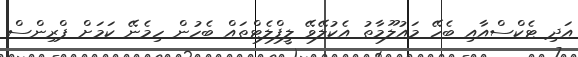
އަދި ޓެކްސްއާއި ބެހޭ މައުލޫމާތު އެކުލޭވޭ ލީފްލެޓްތައް ބެހުން ހިމެނޭ ކަމަށް ޕްރިންސް